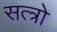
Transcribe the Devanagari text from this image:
सत्त्रो